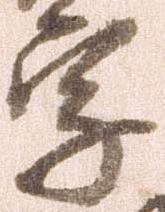
字